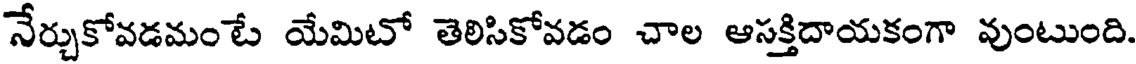
నేర్చుకోవడమంటే యేమిటో తెలిసికోవడం చాల ఆసక్తిదాయకంగా వుంటుంది